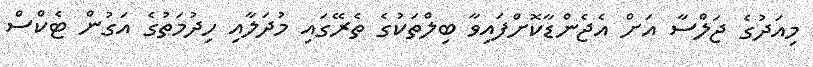
މިއަދުގެ ޖަލްސާ އަށް އެޖެންޑާކޮށްފައިވާ ބިލްތަކުގެ ތެރޭގައި މުދަލާއި ހިދުމަތުގެ އަގުން ޓެކްސް